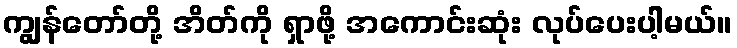
ကျွန်တော်တို့ အိတ်ကို ရှာဖို့ အကောင်းဆုံး လုပ်ပေးပါ့မယ်။